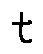
t